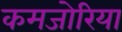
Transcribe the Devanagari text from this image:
कमजोरिया